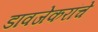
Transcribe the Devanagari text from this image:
डावजेकरांचे